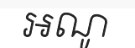
អណូ